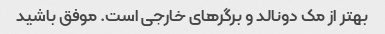
بهتر از مک دونالد و برگرهای خارجی است. موفق باشید